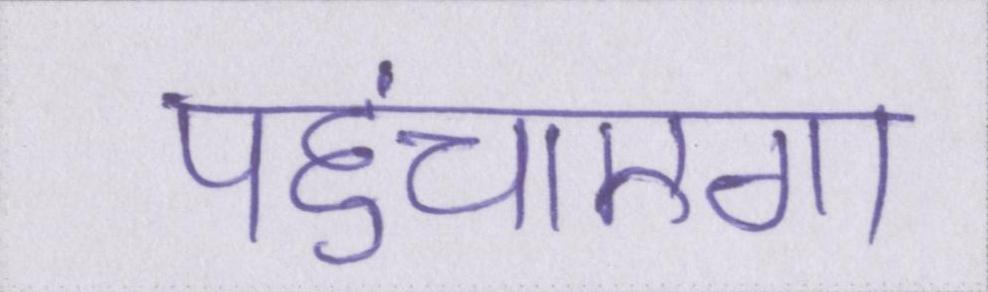
पहुंचाएगा